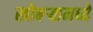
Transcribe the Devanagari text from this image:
खोबऱ्यामध्ये